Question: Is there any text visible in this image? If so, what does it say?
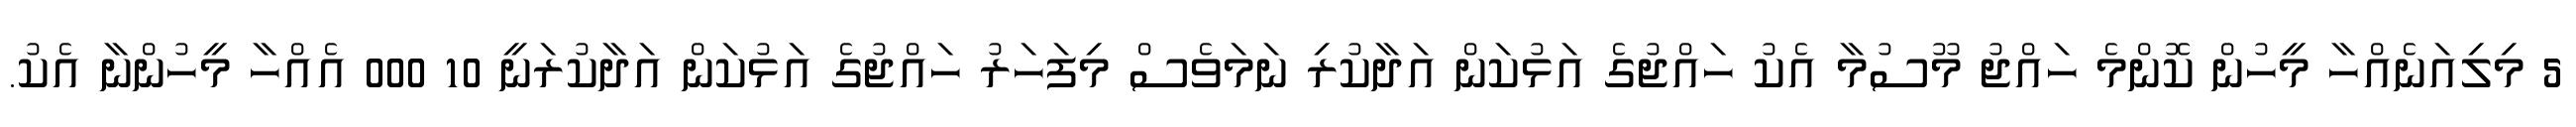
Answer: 5 މިލިއަނެއްހާ މީހުން ކޮންމެ ހައްޖު މޫސުމާ އެކު ހައްޖުގެ އަޅުކަން އަދާކުރި ނަމަވެސް މިފަހަރު ހައްޖުގެ އަޅުކަން އަދާކުރަނީ 10 000 އެއްހާ މީހުންނާ އެކު.